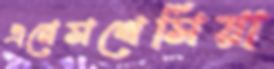
এনেসথেসিয়া